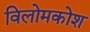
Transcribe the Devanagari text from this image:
विलोमकोश